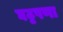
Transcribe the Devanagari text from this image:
घट्टपणा